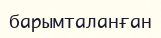
барымталанған